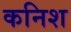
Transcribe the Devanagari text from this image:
कनिश